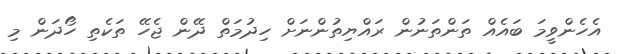
އެހެންވީމަ ބައެއް ތަންތަނުން ރައްޔިތުންނަށް ހިދުމަތް ދޭން ޖެހޭ ތަކެތި ހޯދަން މި